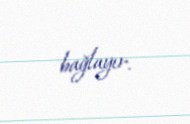
bağlayır.